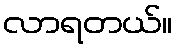
လာရတယ်။